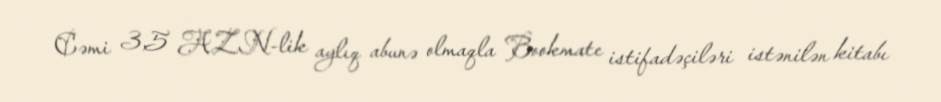
Cəmi 3,5 AZN-lik aylıq abunə olmaqla Bookmate istifadəçiləri istənilən kitabı